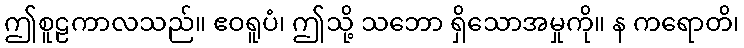
ဤစူဠကာလသည်။ ဧဝရူပံ၊ ဤသို့ သဘော ရှိသောအမှုကို။ န ကရောတိ၊